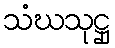
သံဃသုဋ္ဌု